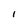
Character: I